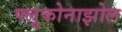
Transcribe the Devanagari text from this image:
फ्लूकोनाझोल